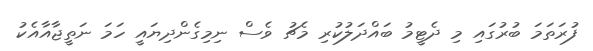
ފުރަތަމަ ބުރުގައި މި ދެޓީމު ބައްދަލުކުރި މެޗު ވެސް ނިމިގެންދިޔައީ ހަމަ ނަތީޖާއާއެކު